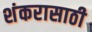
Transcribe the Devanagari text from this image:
शंकरासाठी